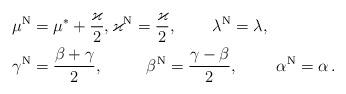
LaTeX: \begin{align*}\mu^{\rm N}&=\mu^*+\frac{\varkappa}{2},\varkappa^{\rm N}=\frac{\varkappa}{2},\qquad\,\lambda^{\rm N}=\lambda , \\\gamma^{\rm N}&=\frac{\beta + \gamma }{2},\qquad\ \ \beta^{\rm N}=\frac{ \gamma-\beta }{2}, \ \ \ \ \ \ \ \alpha^{\rm N}=\alpha \,.\end{align*}